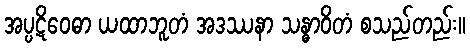
အပ္ပဋိဝေဓာ ယထာဘူတံ အဒဿနာ သန္ဓာဝိတံ စသည်တည်း။